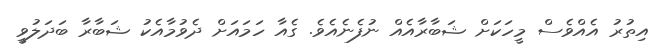
އިތުރު އެއްވެސް މީހަކަށް ޝަބާރާއެއް ނުފެނެއެވެ. ގެއާ ހަމައަށް ދެވުމާއެކު ޝަބާރާ ބަދަލުވީ